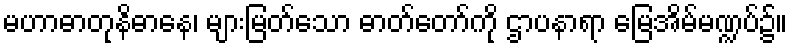
မဟာဓာတုနိဓာနေ၊ များမြတ်သော ဓာတ်တော်ကို ဌာပနာရာ မြေအိမ်မဏ္ဍပ်၌။